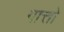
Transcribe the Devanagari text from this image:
गात्तो